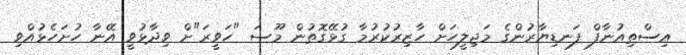
އިސްތިއުނާފް ފަނޑިޔާރުންގެ މަޖިލީހަށް ހާޒިރުކުރުމާ ގުޅޭގޮތުން މޫސަ "ހަވީރަ"ށް ވިދާޅުވީ އޭނާ ހުށަހެޅުއްވި